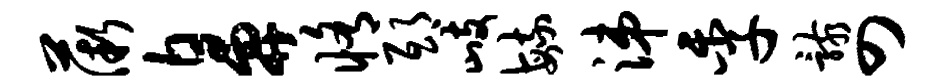
薇鼻修邸歧毓涕季骸四